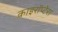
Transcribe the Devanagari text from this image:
काइरॉप्टेरा